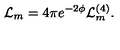
\mathcal { L } _ { m } = 4 \pi e ^ { - 2 \phi } \mathcal { L } _ { m } ^ { ( 4 ) } .